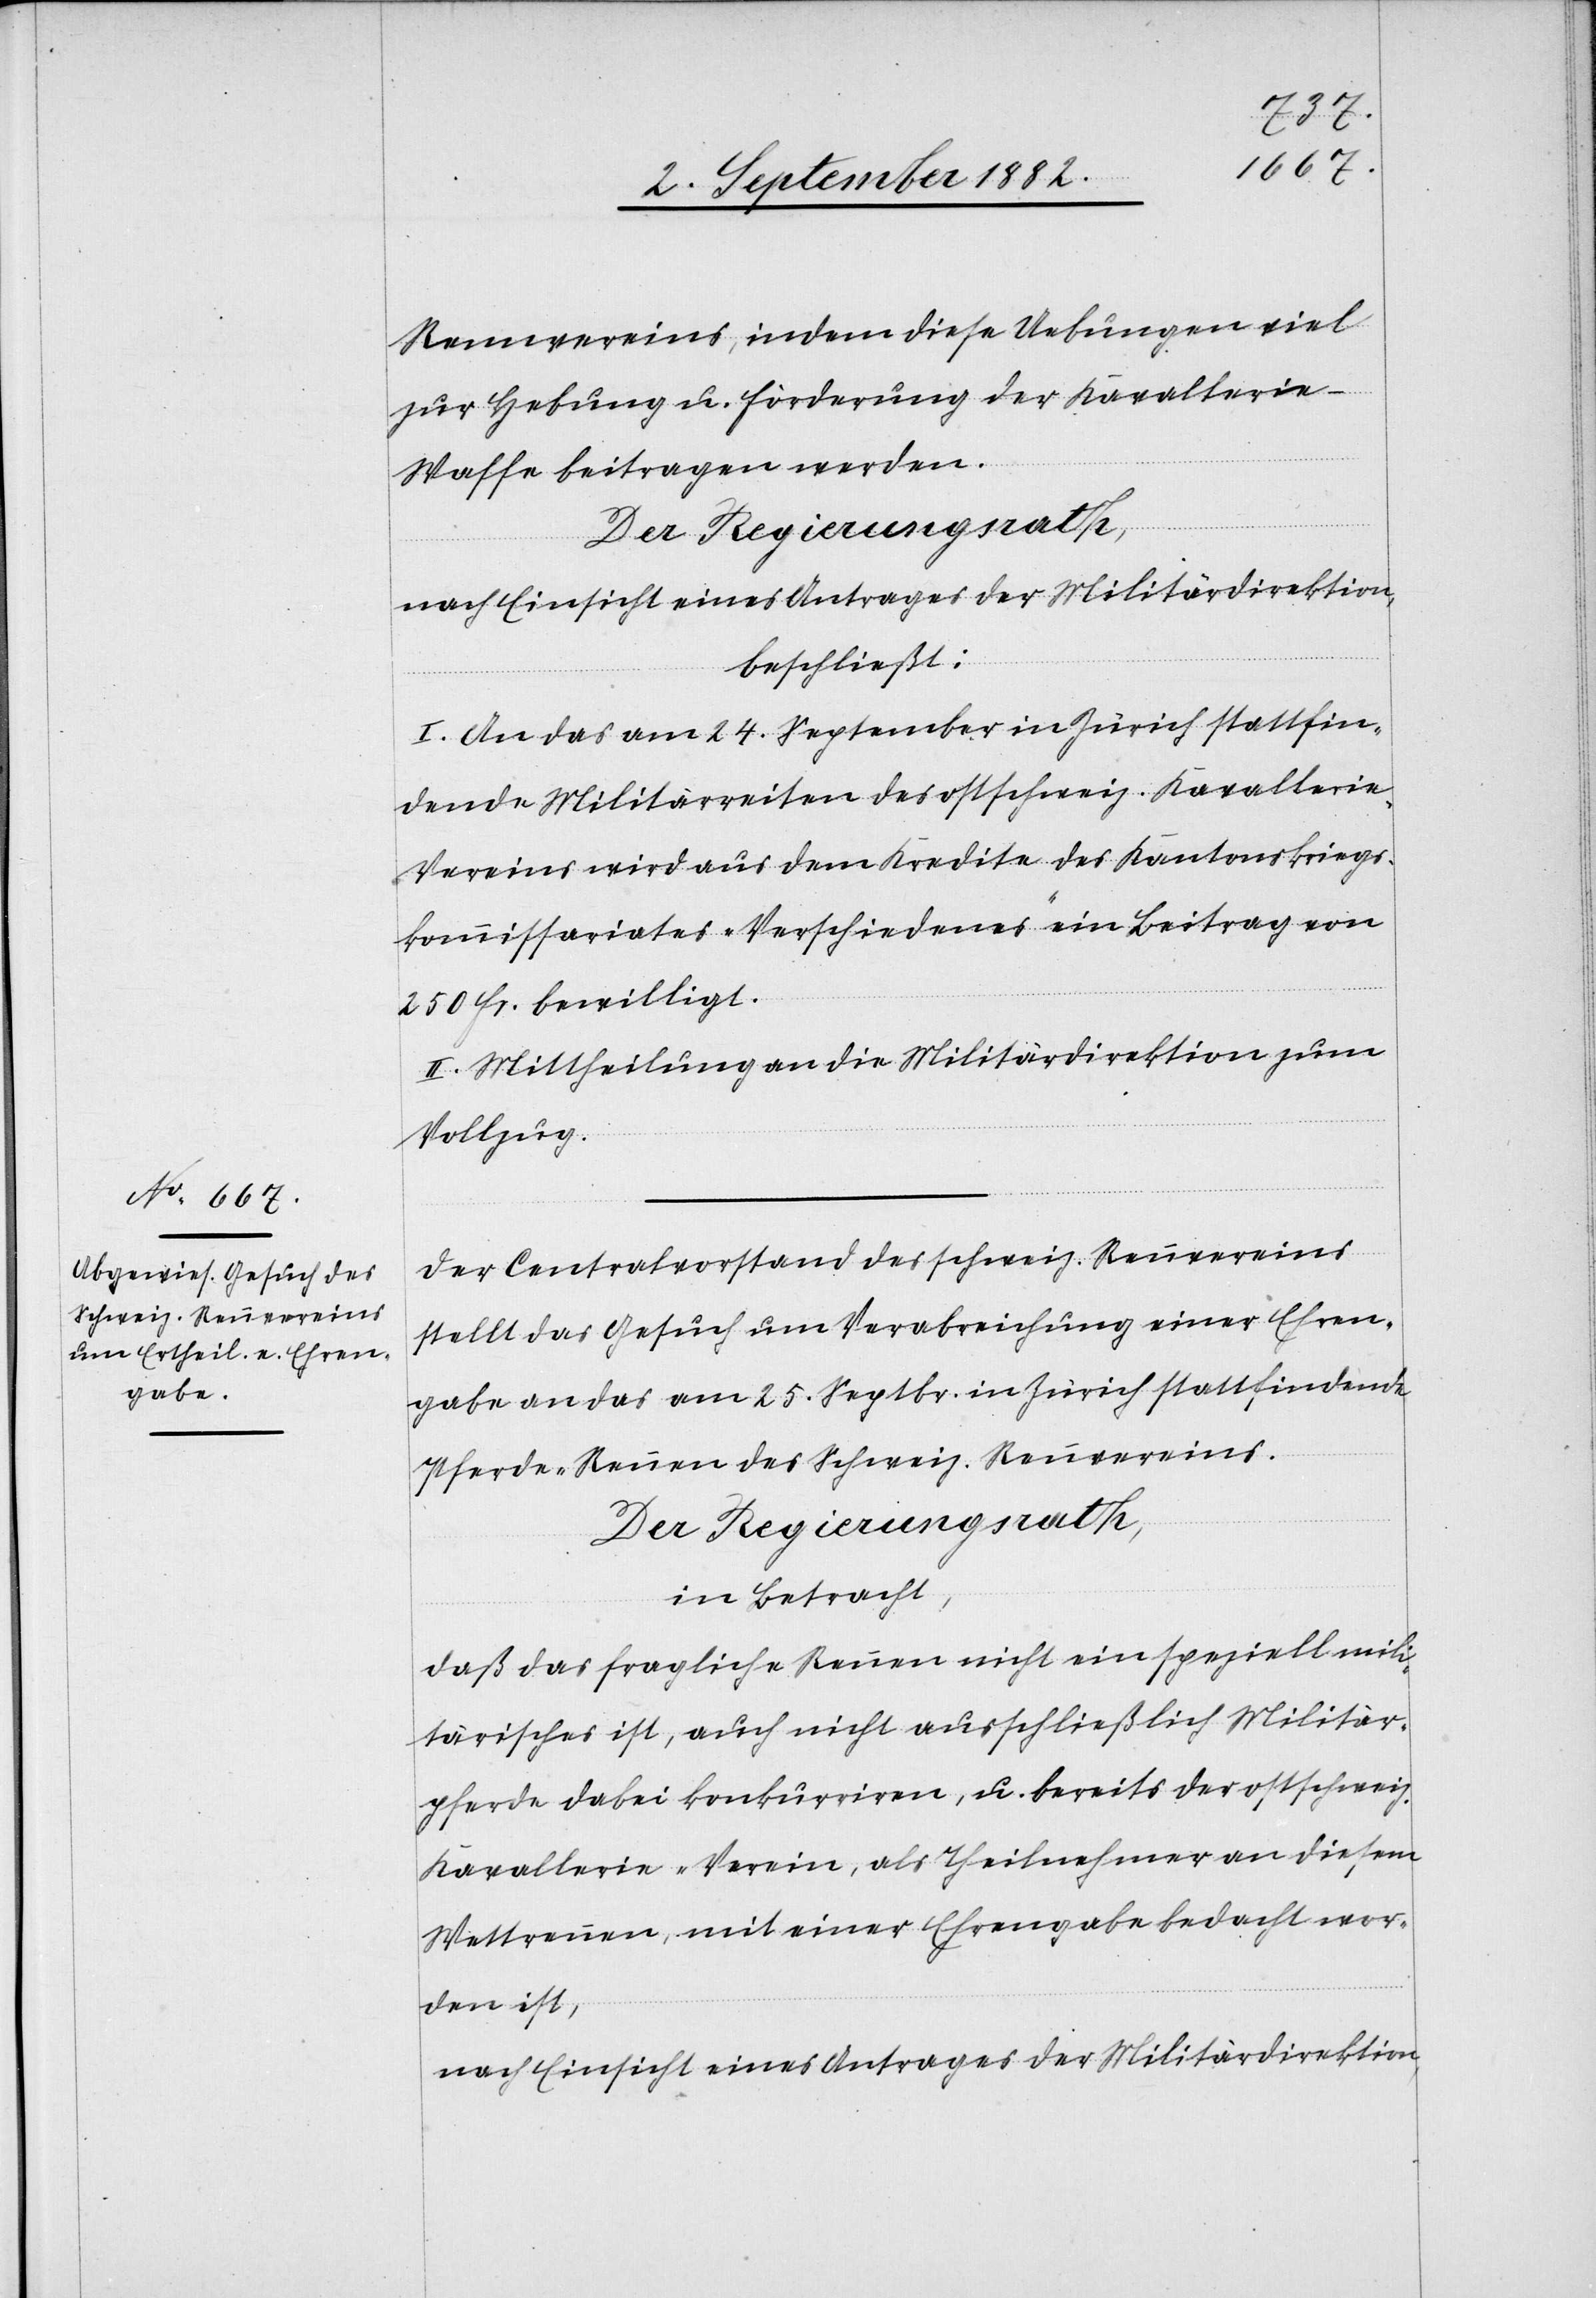
Rennvereins, indem diese Uebungen viel
zur Hebung u. Förderung der Kavallerie-W¬
affe beitragen werden.
nach Einsicht eines Antrages der Militärdirektion,
beschließt:
I. An das am 24. September in Zürich stattfin¬
dende Militärreiten des ostschweiz. Kavallerie-V¬
ereins wird aus dem Kredite des Kantonskriegs¬
kommissariates „Verschiedenes“ ein Beitrag von
250 Fr. bewilligt.
II. Mittheilung an die Militärdirektion zum
Vollzug.
Der Centralvorstand des schweiz. Rennvereins
stellt das Gesuch um Verabreichung einer Ehren¬
gabe an das am 25. Septbr. in Zürich stattfindende
Pferde-Rennen des Schweiz. Rennvereins.
Der Regierungsrath,
in Betracht:
Daß das fragliche Rennen nicht ein speziell mil¬
itärisches ist, auch nicht ausschließlich Militär¬
pferde dabei konkurriren, u. bereits der ostschweiz.
Kavallerie-Verein, als Theilnehmer an diesem
Wettrennen, mit einer Ehrengabe bedacht wor¬
den ist,
nach Einsicht eines Antrages der Militärdirektion,